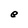
Character: e